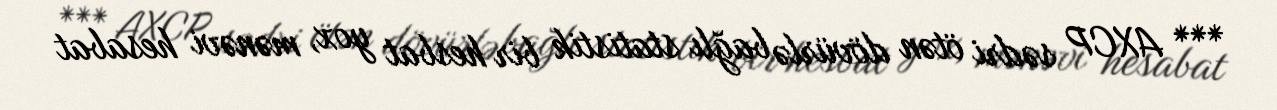
*** AXCP sədri ötən dövürlə bağlı statistik bir hesbat yox, mənəvi hesabat